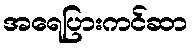
အရေပြားကင်ဆာ